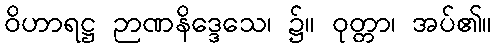
ဝိဟာရဋ္ဌ ဉာဏနိဒ္ဒေသေ၊ ၌။ ဝုတ္တာ၊ အပ်၏။